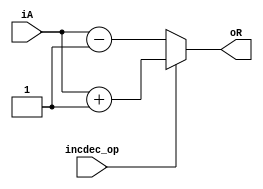
`timescale 10ns/1ns
module incdec(incdec_op, iA, oR);

parameter DATASIZE = 8;
input incdec_op;
input [DATASIZE-1:0] iA;
output [DATASIZE-1:0] oR;

assign oR = (incdec_op) ? (iA+1'b1) : (iA-1'b1);

endmodule